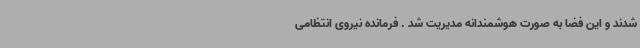
شدند و این فضا به صورت هوشمندانه مدیریت شد . فرمانده نیروی انتظامی